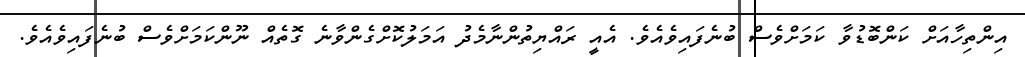
އިންތިހާއަށް ކަންބޮޑުވާ ކަމަށްވެސް ބުނެފައިވެއެވެ. އެއީ ރައްޔިތުންނާމެދު އަމަލުކޮށްގެންވާނެ ގޮތެއް ނޫންކަމަށްވެސް ބުނެފައިވެއެވެ.